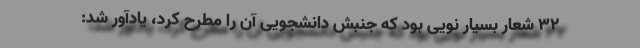
۳۲ شعار بسیار نویی بود که جنبش دانشجویی آن را مطرح کرد، یادآور شد: